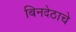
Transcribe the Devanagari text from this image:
बिनदेठाचे